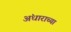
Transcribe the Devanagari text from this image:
अंधाराच्या